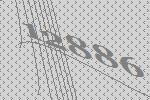
12886